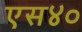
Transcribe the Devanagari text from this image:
एस४०